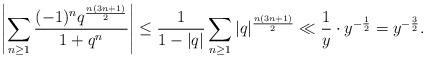
LaTeX: \begin{align*}\left|\sum_{n\ge 1} \frac{(-1)^n q^{\frac{n(3n+1)}{2}}}{1+q^n} \right|\le \frac{1}{1-|q|} \sum_{n\ge 1}|q|^{\frac{n(3n+1)}{2}} \ll \frac{1}{y}\cdot y^{-\frac12} =y^{-\frac32}.\end{align*}